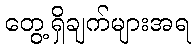
တွေ့ရှိချက်များအရ